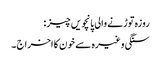
روزہ توڑنے والی پانچویں چیز :
سنگی وغیرہ سے خون کا اخراج ۔